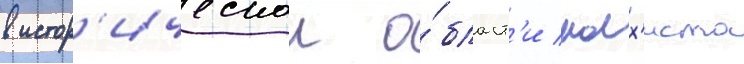
в истор'ическои о́бласт'и малх'иста